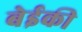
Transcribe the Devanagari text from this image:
बेईकी